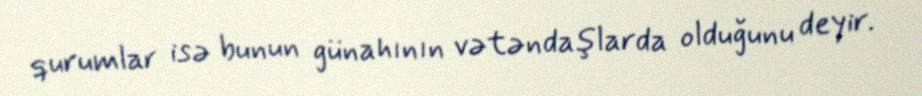
qurumlar isə bunun günahının vətəndaşlarda olduğunu deyir.